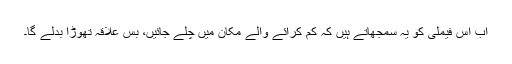
اب اس فیملی کو یہ سمجھاتے ہیں کہ کم کرائے والے مکان میں چلے جائیں، بس علاقہ تھوڑا بدلے گا۔